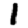
Digit: 1